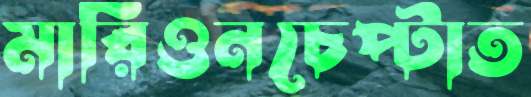
মারিওনচেপ্‌টাত